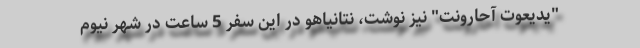
"یدیعوت آحارونت" نیز نوشت، نتانیاهو در این سفر 5 ساعت در شهر نیوم